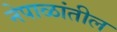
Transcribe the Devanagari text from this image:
नेपाळांतील